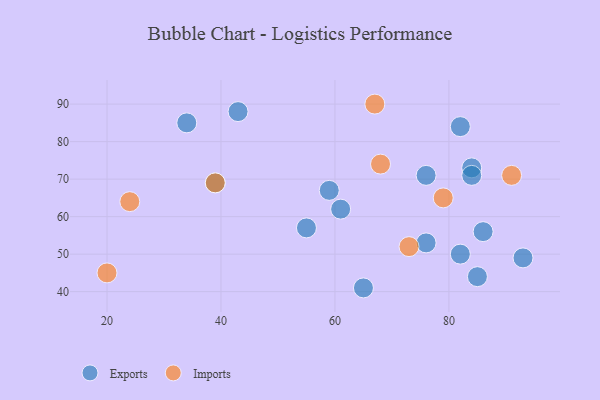
{"axis": {"x": "GDP", "y": "Life Expectancy"}, "legend": ["Exports", "Imports"], "data": [{"x": "84", "y": 73, "type": "Exports"}, {"x": "43", "y": 88, "type": "Exports"}, {"x": "59", "y": 67, "type": "Exports"}, {"x": "34", "y": 85, "type": "Exports"}, {"x": "39", "y": 69, "type": "Exports"}, {"x": "85", "y": 44, "type": "Exports"}, {"x": "65", "y": 41, "type": "Exports"}, {"x": "76", "y": 71, "type": "Exports"}, {"x": "76", "y": 53, "type": "Exports"}, {"x": "84", "y": 71, "type": "Exports"}, {"x": "93", "y": 49, "type": "Exports"}, {"x": "86", "y": 56, "type": "Exports"}, {"x": "55", "y": 57, "type": "Exports"}, {"x": "61", "y": 62, "type": "Exports"}, {"x": "82", "y": 50, "type": "Exports"}, {"x": "82", "y": 84, "type": "Exports"}, {"x": "91", "y": 71, "type": "Imports"}, {"x": "24", "y": 64, "type": "Imports"}, {"x": "67", "y": 90, "type": "Imports"}, {"x": "79", "y": 65, "type": "Imports"}, {"x": "20", "y": 45, "type": "Imports"}, {"x": "68", "y": 74, "type": "Imports"}, {"x": "39", "y": 69, "type": "Imports"}, {"x": "73", "y": 52, "type": "Imports"}]}